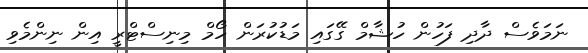
ނަމަވެސް ދާދި ފަހުން ހުޝާމް ގޭގައި މަޑުކުރަން ހޯމް މިނިސްޓްރީ އިން ނިންމެވި